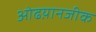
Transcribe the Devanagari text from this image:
ओढय़ानजीक